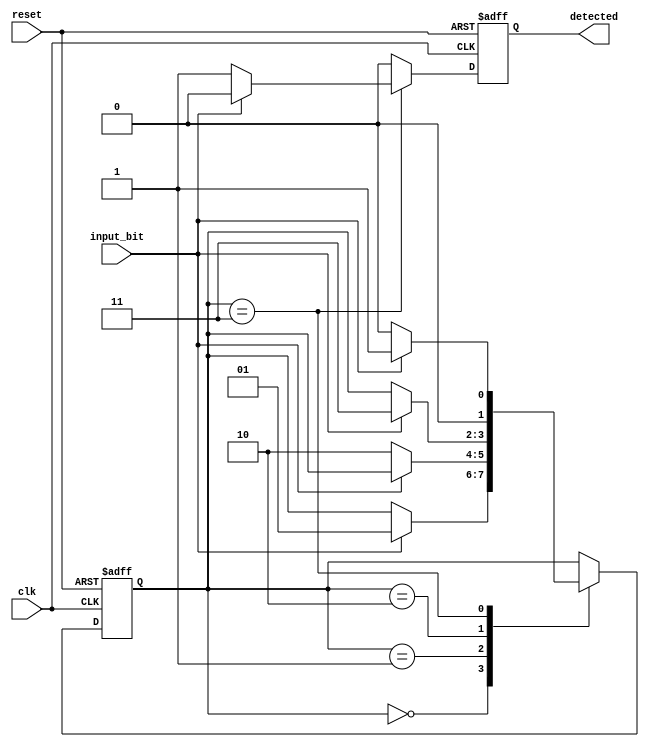
`timescale 1ns / 1ps
//////////////////////////////////////////////////////////////////////////////////
// Company: 
// Engineer: 
// 
// Design Name: 
// Module Name: Moore
// Project Name: 
// Target Devices: 
// Tool Versions: 
// Description: 
// 
// Dependencies: 
// 
// Revision:
// Revision 0.01 - File Created
// Additional Comments:
// 
//////////////////////////////////////////////////////////////////////////////////


module Moore(
    input wire clk,
    input wire input_bit,
    input wire reset,
    output reg detected
    );
    reg [1:0] state;
    parameter S0 = 2'b00 ; 
    parameter S1 = 2'b01 ;
    parameter S2 = 2'b10 ;
    parameter S3 = 2'b11 ;
    
    
    always @(posedge clk or posedge reset)begin
        detected<=0;
        if(reset)begin
            state <= S0;
        end else begin
            case(state)
                S0 : if(input_bit) state<=S1;
                S1 : if(!input_bit) state<=S2;
                S2 : if(input_bit) state<=S3;
                S3 : if(!input_bit)begin
                    detected <=1;
                    state<=S0;
                    end else begin
                        state<=S1;
                    end
            endcase
        end
    end
endmodule